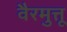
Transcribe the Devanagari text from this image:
वैरमुत्तू